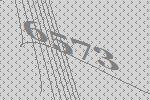
6573